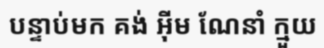
បន្ទាប់មក គង់ អ៊ីម ណែនាំ ក្មួយ